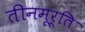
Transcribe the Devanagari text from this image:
तीनमूर्ति